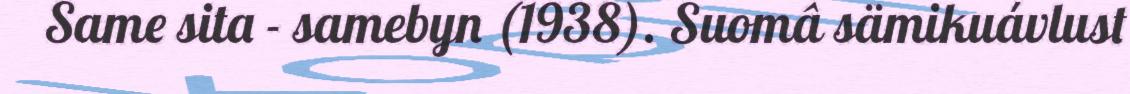
Same sita - samebyn (1938). Suomâ sämikuávlust